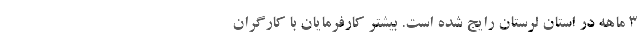
۳ ماهه در استان لرستان رایج شده است. بیشتر کارفرمایان با کارگران